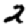
Digit: 2